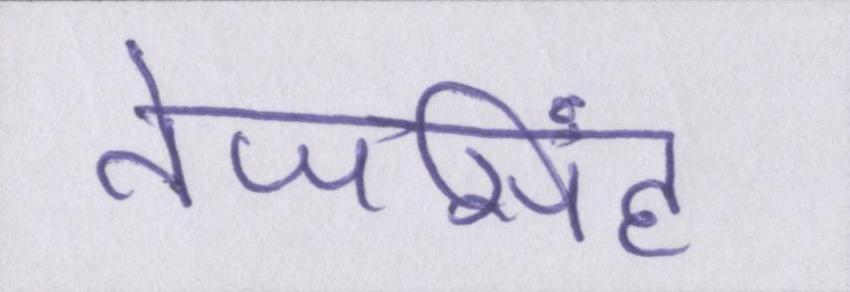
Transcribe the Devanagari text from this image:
तेजसिंह